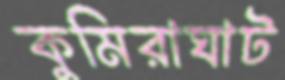
কুমিরাঘাট